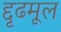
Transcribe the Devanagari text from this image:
द्दृढमूल